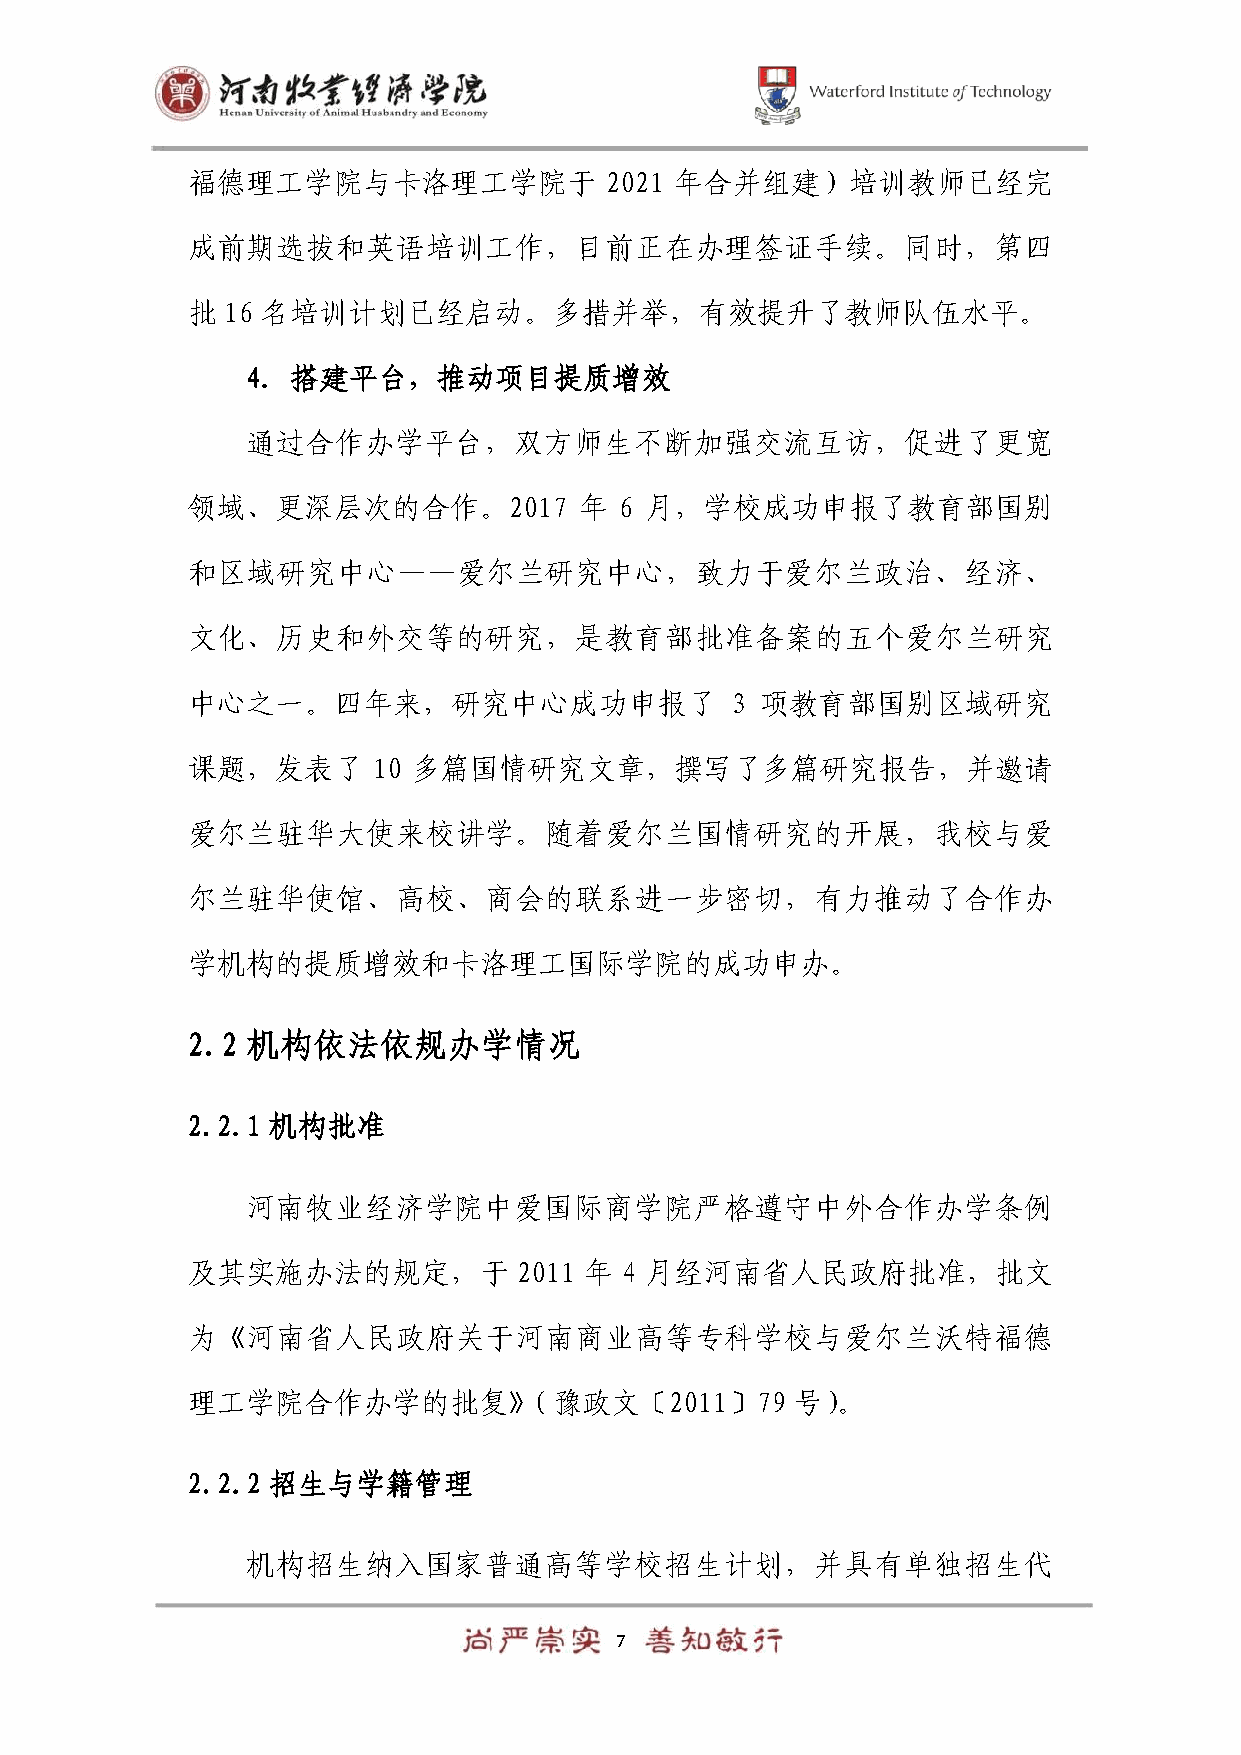
福德理工学院与卡洛理工学院于              2021 年合并组建）培训教师已经完
 成前期选拔和英语培训工作，目前正在办理签证手续。同时，第四
 批  16 名培训计划已经启动。多措并举，有效提升了教师队伍水平。
 4. 搭建平台，推动项目提质增效
 通过合作办学平台，双方师生不断加强交流互访，促进了更宽
 领域、更深层次的合作。2017           年  6 月，学校成功申报了教育部国别
 和区域研究中心——爱尔兰研究中心，致力于爱尔兰政治、经济、
 文化、历史和外交等的研究，是教育部批准备案的五个爱尔兰研究
 中心之一。四年来，研究中心成功申报了                  3 项教育部国别区域研究
 课题，发表了       10 多篇国情研究文章，撰写了多篇研究报告，并邀请
 爱尔兰驻华大使来校讲学。随着爱尔兰国情研究的开展，我校与爱
 尔兰驻华使馆、高校、商会的联系进一步密切，有力推动了合作办
 学机构的提质增效和卡洛理工国际学院的成功申办。
 2.2 机构依法依规办学情况
 2.2.1 机构批准
 河南牧业经济学院中爱国际商学院严格遵守中外合作办学条例
 及其实施办法的规定，于           2011 年 4 月经河南省人民政府批准，批文
 为《河南省人民政府关于河南商业高等专科学校与爱尔兰沃特福德
 理工学院合作办学的批复》（豫政文〔2011〕79                 号）。
 2.2.2 招生与学籍管理
 机构招生纳入国家普通高等学校招生计划，并具有单独招生代
 7